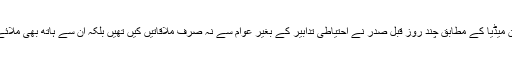
برازیلین میڈیا کے مطابق چند روز قبل صدر نے احتیاطی تدابیر کے بغیر عوام سے نہ صرف ملاقاتیں کیں تھیں بلکہ اُن سے ہاتھ بھی ملائے تھے۔